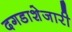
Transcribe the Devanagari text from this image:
दगडाशेजारी